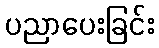
ပညာပေးခြင်း